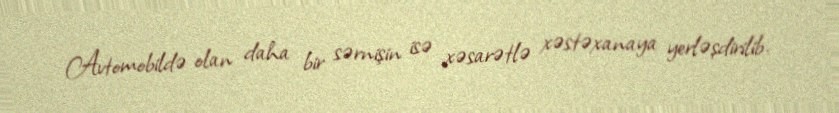
Avtomobildə olan daha bir sərnişin isə xəsarətlə xəstəxanaya yerləşdirilib.